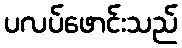
ပလပ်ဖောင်းသည်